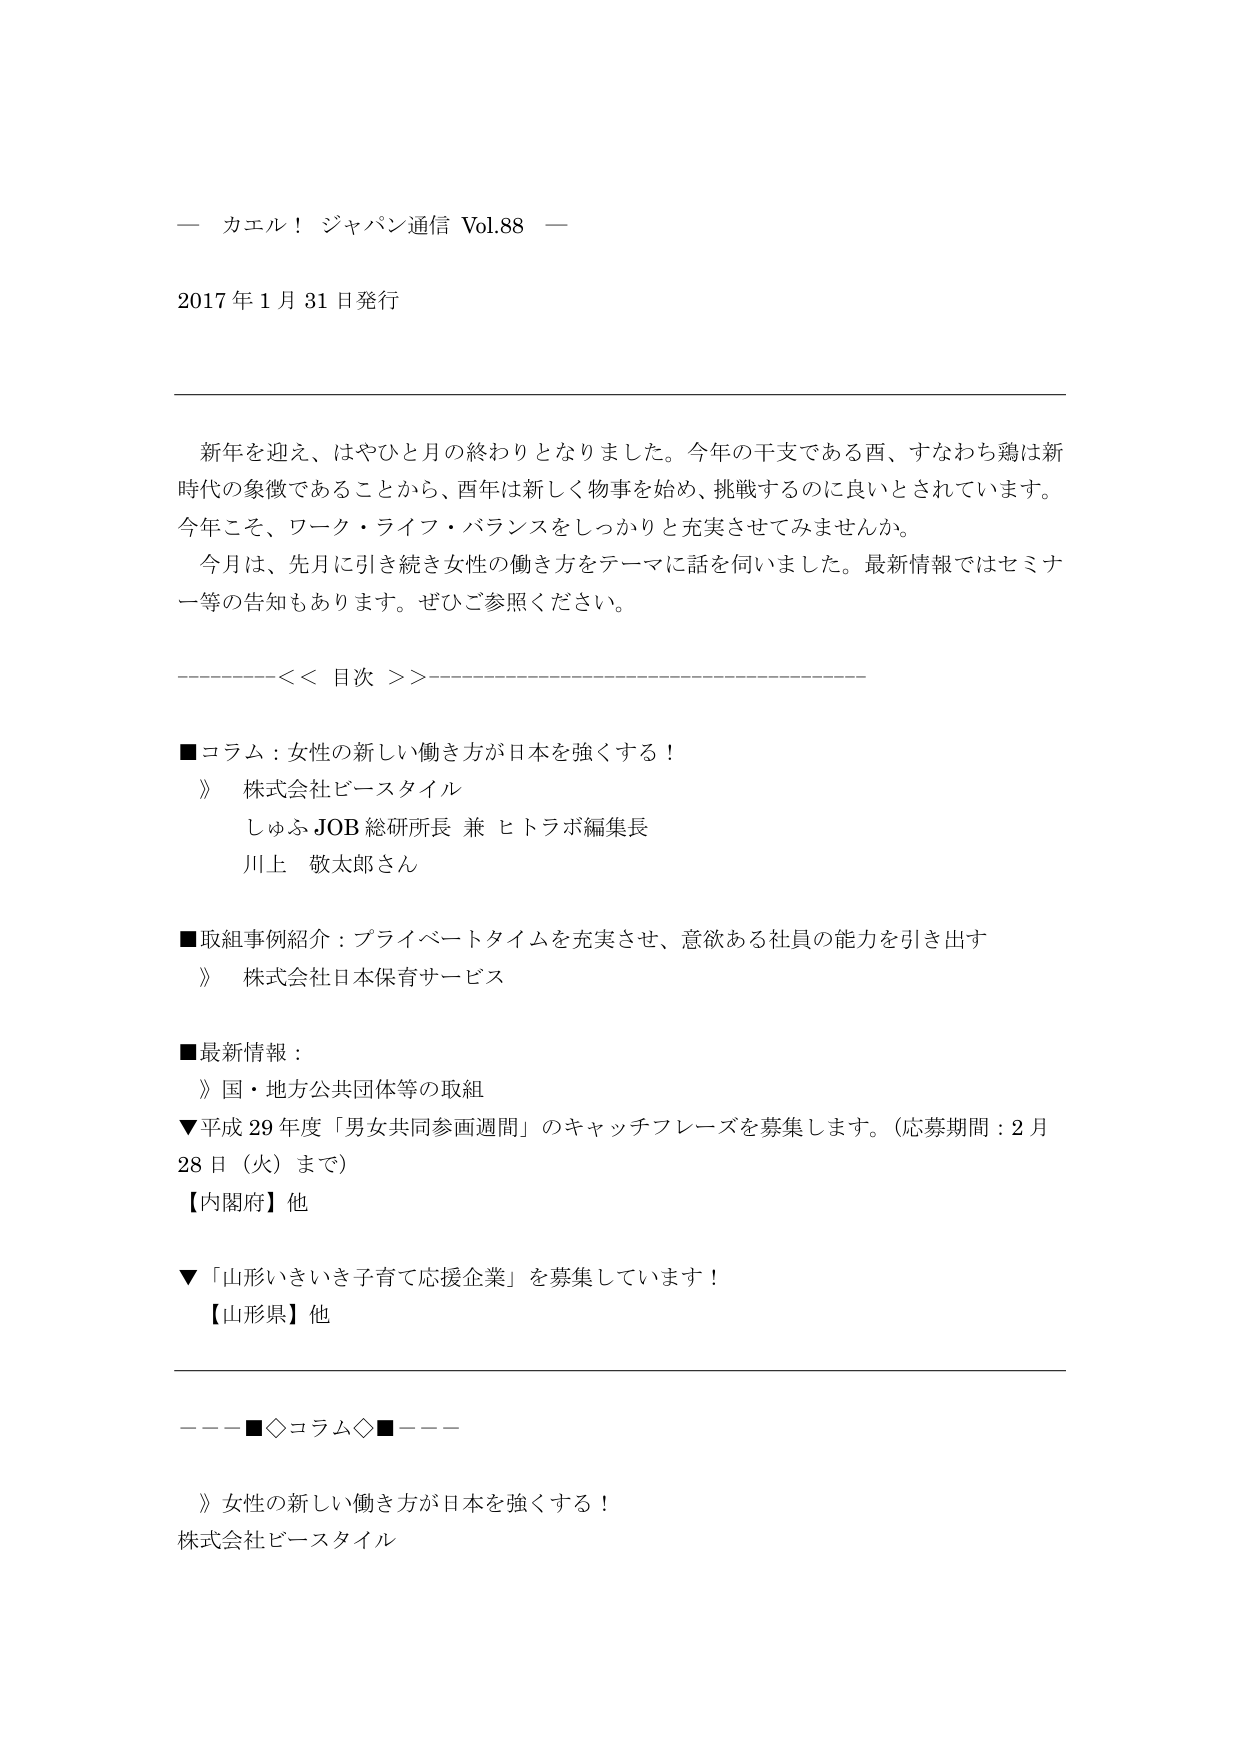
ー カエル！ ジャパン通信 Vol.88 ー

2017 年 1 月 31 日発行

新年を迎え、はやひと月の終わりとなりました。今年の干支である酉、すなわち鶏は新時代の象徴であることから、酉年は新しく物事を始め、挑戦するのに良いとされています。今年こそ、ワーク・ライフ・バランスをしっかりと充実させてみませんか。
今月は、先月に引き続き女性の働き方をテーマに話を伺いました。最新情報ではセミナー等の告知もあります。ぜひご参照ください。

----------<< 目次 >>----------------------------------------------

■コラム：女性の新しい働き方が日本を強くする！
　》 株式会社ビースタイル
　　しゅふ JOB 総研究所長 兼 ヒトラボ編集長
　　川上 敬太郎さん

■取組事例紹介：プライベートタイムを充実させ、意欲ある社員の能力を引き出す
　》 株式会社日本保育サービス

■最新情報：
　》 国・地方公共団体等の取組
　▼平成 29 年度「男女共同参画週間」のキャッチフレーズを募集します。（応募期間：2 月 28 日（火）まで）
　【内閣府】他
　▼「山形いきいき子育て応援企業」を募集しています！
　【山形県】他

――■◇コラム◇■――

　》女性の新しい働き方が日本を強くする！
株式会社ビースタイル